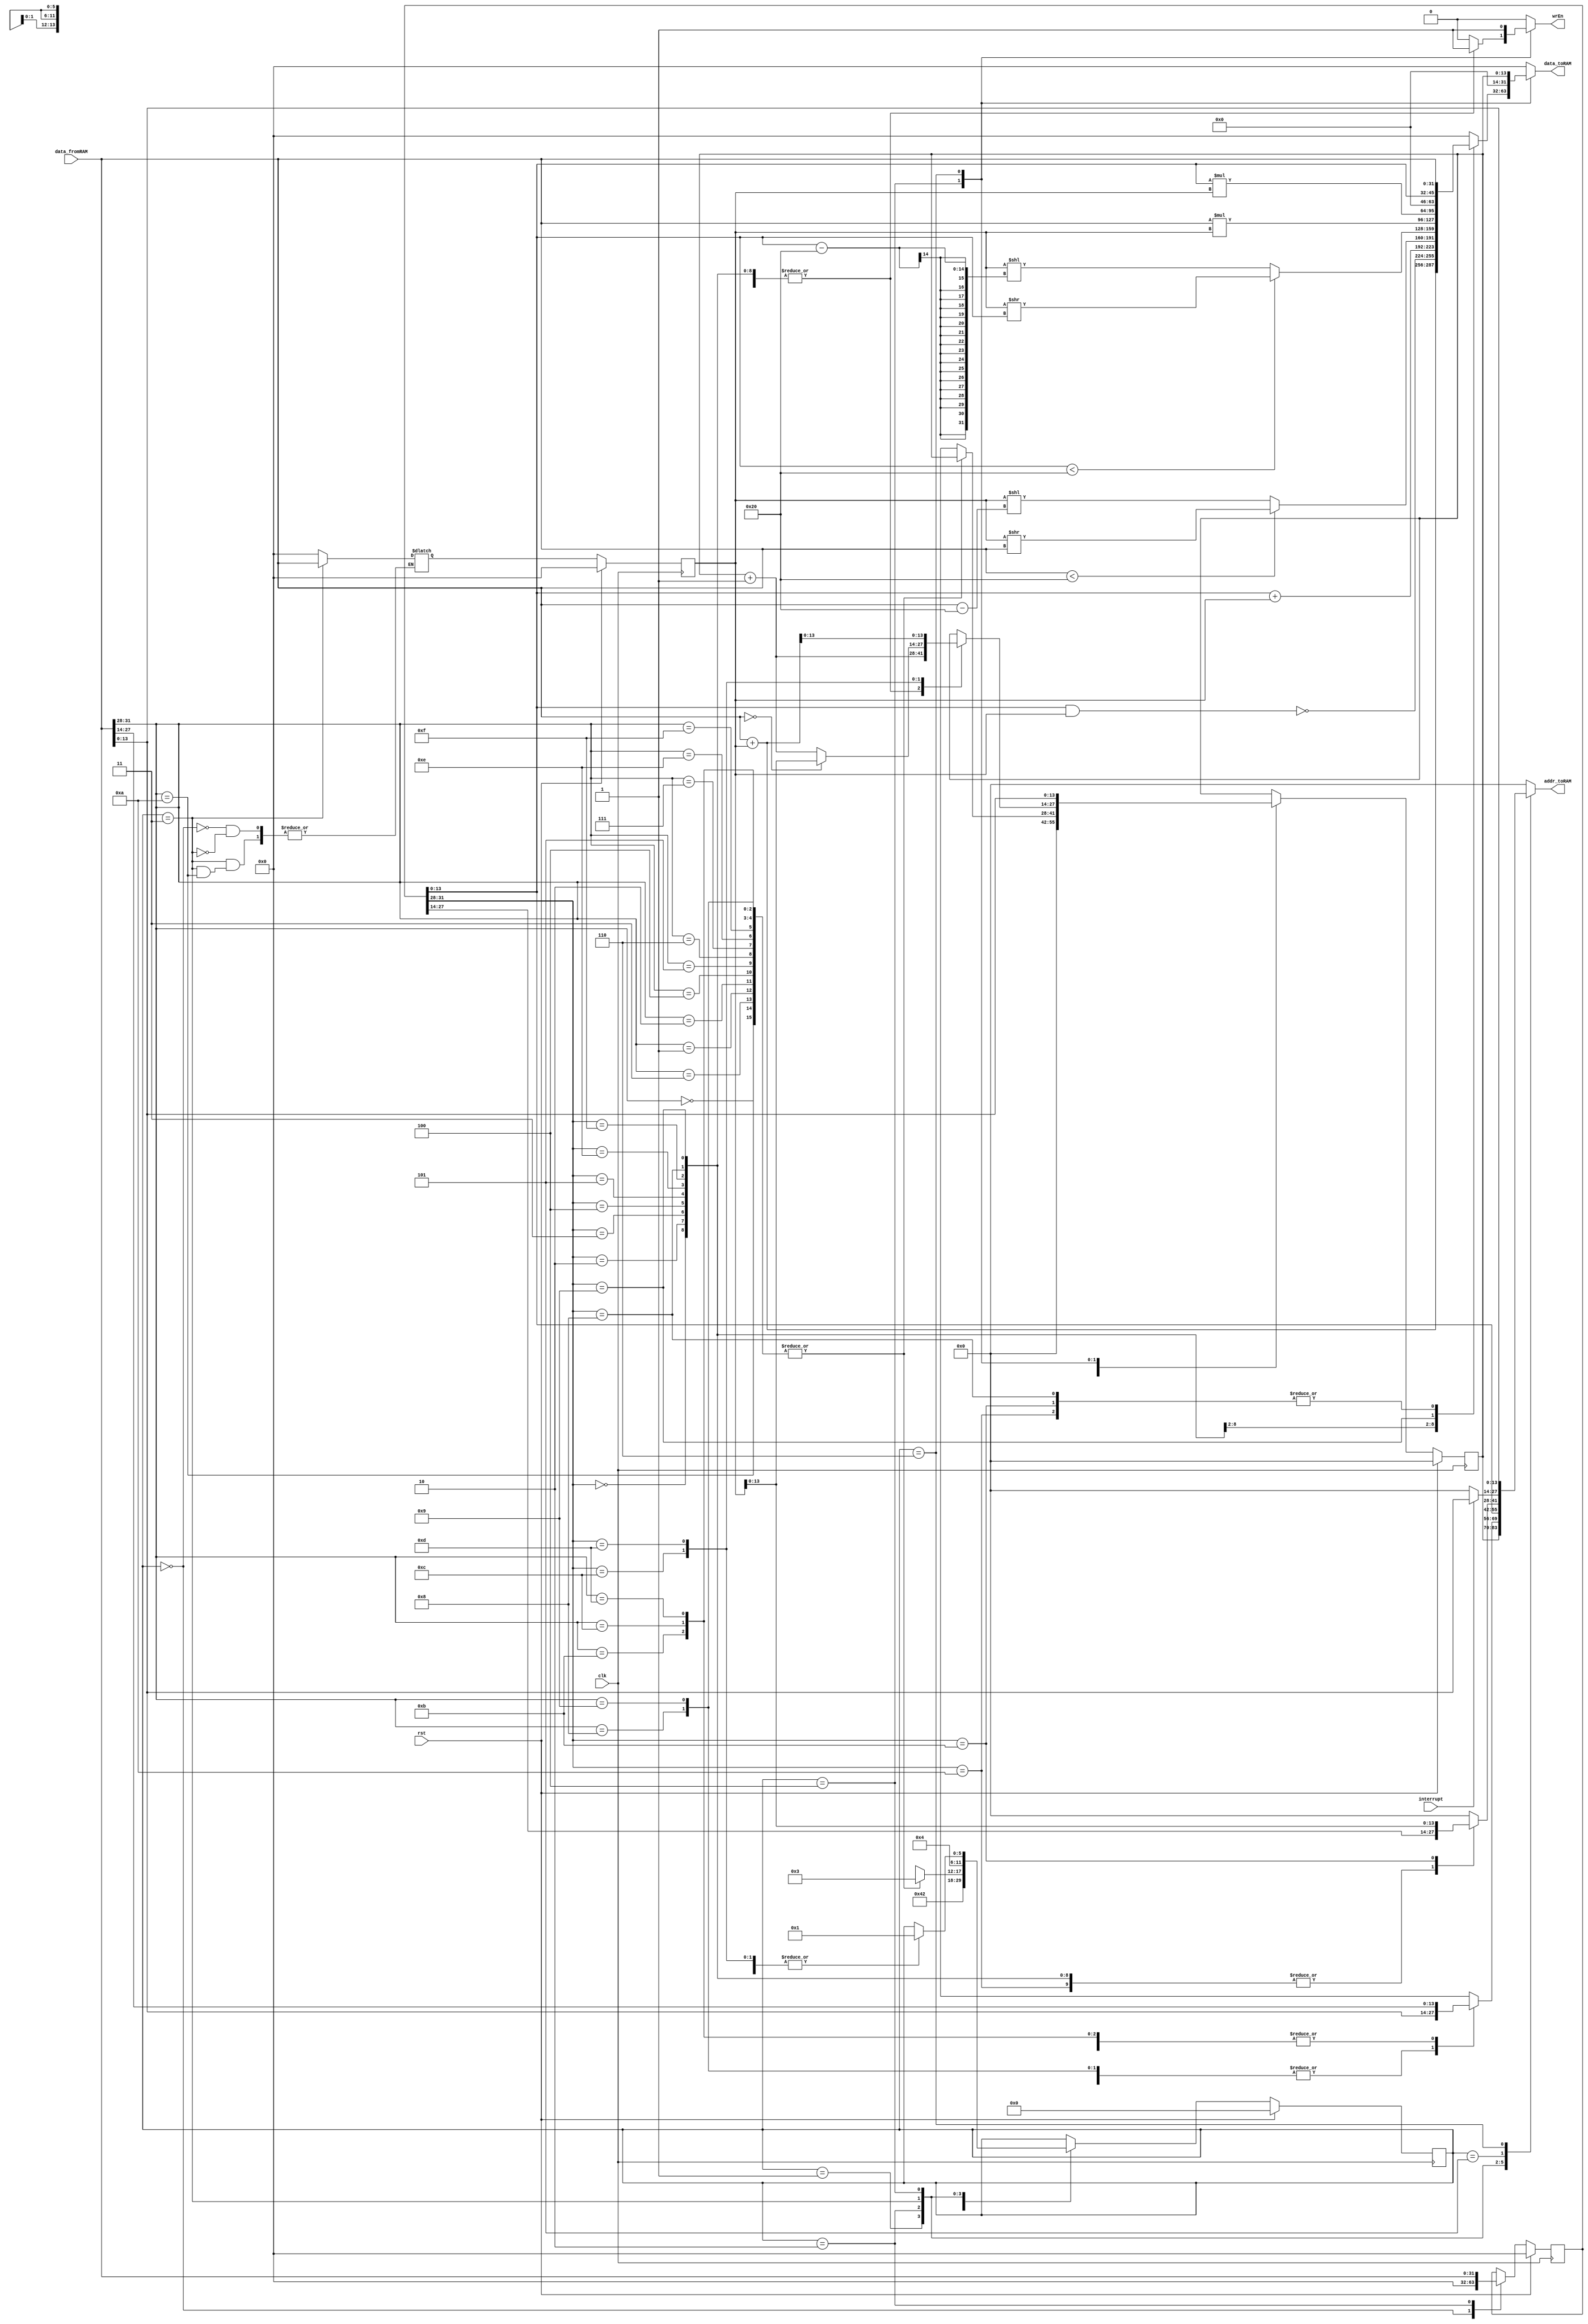
`timescale 1ns / 1ps

module VerySimpleCPU(clk,rst,data_fromRAM,wrEn,addr_toRAM,data_toRAM,interrupt);

    parameter SIZE = 14;
    input clk,rst;
    input wire[31:0] data_fromRAM;
    input interrupt;
   
    output reg wrEn;
    output reg[SIZE-1:0] addr_toRAM;
    output reg[31:0] data_toRAM;

    //reg interrupt;
    reg[5:0] state_current,state_next;
    reg[SIZE-1:0] pc_current,pc_next;
    reg[31:0] iw_current,iw_next;
    reg[31:0] r1_current,r1_next ;
    reg[31:0] r2_current,r2_next ;

    always@ (posedge clk )begin

        if(rst)begin
            state_current <= 0;
            pc_current <= 14'b0; //PROGRAM COUNTER
            iw_current <= 32'b0; //INSTRUCTION WORD
            r1_current <= 32'b0; //R1 OR A
            r2_current <= 32'b0; //R2 OR B      
                 
            end else begin
            state_current<=state_next;
            pc_current <= pc_next;
            iw_current <= iw_next;
            r1_current<= r1_next;
            r2_current<= r2_next;      
        end end

    always@(*)begin

        state_next = state_current;
        pc_next = pc_current;
        iw_next =iw_current;
        r2_next = r1_current;
        r2_next = r2_current;
        wrEn = 0;
        //interrupt= 0;
        addr_toRAM = 0;
        data_toRAM = 0;
        case(state_current)
            0:begin
                pc_next = 0;
                iw_next = 0;
                r1_next = 0;
                r2_next= 0;
                state_next = 1;
            end
            1:begin
                addr_toRAM = pc_current;
                state_next = 2;
            end

            2:begin
                iw_next = data_fromRAM;
                case(data_fromRAM[31:28])
                    {3'b000,1'b0}:begin //ADD INSTRUCTION
                        addr_toRAM = data_fromRAM[27:14]; //R1
                        state_next= 3;
                    end
                       
                    {3'b001,1'b1}:begin //NANDi INSTRUCTION
                        addr_toRAM = data_fromRAM[27:14]; //R1
                        state_next= 3;
                    end

                    {3'b000,1'b1}:begin //ADDi INSTRUCTION
                        addr_toRAM = data_fromRAM[27:14]; //R1
                        state_next= 3;
                    end
             
                    {3'b001,1'b0}:begin //NAND INSTRUCTION
                        addr_toRAM = data_fromRAM[27:14]; //R1
                        state_next= 3;
                    end

                    {3'b010,1'b0}:begin //SRL INSTRUCTION
                        addr_toRAM = data_fromRAM[27:14]; //R1
                        state_next= 3;
                    end
                   
                     {3'b010,1'b1}:begin //SRLi INSTRUCTION
                        addr_toRAM = data_fromRAM[27:14]; //R1
                        state_next= 3;
                    end
                   
                    {3'b011,1'b0}:begin //LT INSTRUCTION
                        addr_toRAM = data_fromRAM[27:14]; //R1
                        state_next= 3;
                    end
                   
                      {3'b011,1'b1}:begin //LTi INSTRUCTION
                        addr_toRAM = data_fromRAM[27:14]; //R1
                        state_next= 3;
                    end
                   
                    {3'b111,1'b0}:begin //MUL INSTRUCTION
                        addr_toRAM = data_fromRAM[27:14]; //R1
                        state_next= 3;
                    end
                   
                     {3'b111,1'b1}:begin //MULi INSTRUCTION
                        addr_toRAM = data_fromRAM[27:14]; //R1
                        state_next= 3;
                    end
                   
                    {3'b100,1'b0}:begin //CP INSTRUCTION
                        addr_toRAM = data_fromRAM[13:0]; //R2
                        state_next= 3;
                    end
                   
                     {3'b100,1'b1}:begin //CPi INSTRUCTION
                        addr_toRAM = data_fromRAM[13:0]; //R2
                        state_next= 3;
                    end
                   
                    {3'b101,1'b0}:begin //CPI INSTRUCTION
                        addr_toRAM = data_fromRAM[13:0]; //R1
                        state_next= 3;
                    end
                   
                     {3'b101,1'b1}:begin //CPIi INSTRUCTION
                        addr_toRAM = data_fromRAM[27:14]; //R1
                        state_next= 3;
                    end
                   
                   {3'b110,1'b0}:begin //BZJ INSTRUCTION
                        addr_toRAM = data_fromRAM[27:14]; //R1
                        state_next= 3;
                    end              
                               
                    {3'b110,1'b1}:begin //BZJi INSTRUCTION
                        addr_toRAM = data_fromRAM[27:14]; //R1
                        state_next= 3;
                    end          
                                                                                                                                               
                   default:begin
                        pc_next = pc_current ;
                        state_next = 1;
                    end
                endcase
            end
           3:begin
           if(data_fromRAM[31:28]=={3'b101,1'b0}) //CPI
               addr_toRAM =data_fromRAM ;
               else
                r1_next = data_fromRAM;
                addr_toRAM=iw_current[13:0]; //R2
                state_next = 4;
            end              
           4:begin
                case(iw_current[31:28])
                    {3'b000,1'b0}:begin //ADD
                        wrEn=1;
                        addr_toRAM = iw_current[27:14];
                        data_toRAM = data_fromRAM + r1_current; //mem[IW[27:14]] R1+R2
                        pc_next =pc_current + 1'b1; //PC+1
                        state_next = 1;
                    end
                     {3'b001,1'b0}:begin //NANDi
                        wrEn=1;
                        addr_toRAM = iw_current[27:14];
                        data_toRAM = ~(iw_current[13:0]& r1_current); //mem[IW[27:14]] ~(R1 & R2)
                        pc_next =pc_current + 1'b1; //PC+1
                        state_next = 1;              
                    end
                   
                    {3'b001,1'b1}:begin //ADDi
                        wrEn=1;
                        addr_toRAM = iw_current[27:14];
                        data_toRAM = iw_current[13:0] + r1_current; //mem[IW[27:14]] R1+R2
                        pc_next =pc_current + 1'b1; //PC+1
                        state_next = 1;
                   
                    end
                   
                    {3'b001,1'b0}:begin //NAND
                        wrEn=1;
                        addr_toRAM = iw_current[27:14];
                        data_toRAM = ~(data_fromRAM & r1_current); //mem[IW[27:14]] ~(R1 & R2)
                        pc_next =pc_current + 1'b1; //PC+1
                        state_next = 1;          
                    end
                   
                    {3'b010,1'b0}:begin //SRL
                        wrEn=1;
                        addr_toRAM = iw_current[27:14];
                        data_toRAM = (data_fromRAM < 32) ? (r1_current  >> data_fromRAM) : (r1_current << (data_fromRAM-32)); //mem[IW[27:14]] <- (R2 < 32) ? (R1 >> R2) : (R1 << (R2-32))
                        pc_next =pc_current + 1'b1; //PC+1
                        state_next = 1;
                       
                        end
                       
                        {3'b010,1'b1}:begin //SRLi
                        wrEn=1;
                        addr_toRAM = iw_current[27:14];
                        data_toRAM = (iw_current[13:0] < 32) ? (r1_current  >> iw_current[13:0]) : (r1_current << (iw_current[13:0]-32)); //mem[IW[27:14]] <- (R2 < 32) ? (R1 >> R2) : (R1 << (R2-32))
                        pc_next =pc_current + 1'b1; //PC+1
                        state_next = 1;
                    end
                   
                    {3'b010,1'b0}:begin //LT
                        wrEn=1;
                        addr_toRAM = iw_current[27:14];  
                        data_toRAM = (r1_current < data_fromRAM) ? 1 : 0; //mem[IW[27:14]] <- (R1 < R2) ? 1 : 0
                        pc_next =pc_current + 1'b1; //PC+1
                        state_next = 1;
                       
                        end
                       
                        {3'b010,1'b1}:begin //LTi
                        wrEn=1;
                        addr_toRAM = iw_current[27:14];  
                        data_toRAM = (r1_current < iw_current[13:0]) ? 1 : 0; //mem[IW[27:14]] <- (R1 < R2) ? 1 : 0
                        pc_next =pc_current + 1'b1; //PC+1
                        state_next = 1;
                       
                        end
                       
                         {3'b111,1'b0}:begin //MUL
                       wrEn=1;
                        addr_toRAM = iw_current[27:14];
                        data_toRAM = (data_fromRAM * r1_current); //mem[IW[27:14]] <- (R1 * R2)
                        pc_next =pc_current + 1'b1; //PC+1
                        state_next = 1;
                       
                        end
                       
                        {3'b111,1'b1}:begin //MULi
                       wrEn=1;
                        addr_toRAM = iw_current[27:14];
                        data_toRAM = (iw_current[13:0] * r1_current); //mem[IW[27:14]] <- (R1 * R2)
                        pc_next =pc_current + 1'b1; //PC+1
                        state_next = 1;
                       
                        end
                       
                      {3'b100,1'b0}:begin //CP
                        wrEn=1;
                        addr_toRAM = iw_current[27:14];   //R2<- mem[IW[13:0]]
                        data_toRAM = data_fromRAM; // mem[IW[27:14]] <- R2
                        pc_next =pc_current + 1'b1; //PC+1
                        state_next = 1;
                        end
                       
                       {3'b100,1'b1}:begin //CPi
                        wrEn=1;
                        addr_toRAM = iw_current[27:14];  //R2<- IW[13:0]
                        data_toRAM = iw_current[13:0]; // mem[IW[27:14]] <- R2
                        pc_next =pc_current + 1'b1; //PC+1
                        state_next = 1;
                    end                
                   
                    {3'b101,1'b0}:begin //CPI
                       wrEn=1;
                        addr_toRAM = iw_current[27:14];
                        data_toRAM = data_fromRAM; //mem[IW[27:14]] <- R2
                        pc_next =pc_current + 1'b1; //PC+1
                        state_next = 1;
                       
                        end
     
                       {3'b101,1'b1}:begin //CPIi
                        wrEn=1;
                        addr_toRAM = r1_current;
                        data_toRAM = data_fromRAM; //mem[R1]<- R2
                        pc_next =pc_current + 1'b1; //PC+1
                        state_next = 1;
                       
                        end
                       
                       {3'b110,1'b0}:begin //BZJ                                                
                        pc_next = (data_fromRAM==0) ? r1_current : (pc_current + 1'b1); //  PC<-(R2 == 0) ? R1 : (PC + 1)
                        state_next = 1;
                    end  
                       
                    {3'b110,1'b1}:begin //BZJi
                        pc_next = data_fromRAM + r1_current; //PC<- (R1 + R2)
                        state_next = 1;
                    end                                                                            
                endcase
            end
           5:begin //interrupt stage 0
             if(interrupt)begin
             addr_toRAM = data_fromRAM;
            end          
            end
            6:begin //interrupt stage 1
               addr_toRAM = data_fromRAM;
               wrEn =1;            
               data_toRAM=pc_current;
               pc_next=data_fromRAM;
            end          
        endcase
    end
endmodule